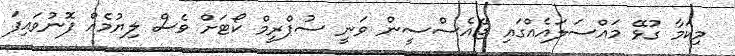
މިކަމާ ގުޅޭ މައްސަލައެއްގައި ޖޭއެސްސީން ވަނީ ސުޕްރީމް ކޯޓަށް ވެސް ލިޔުމެއް ފޮނުވައިފަ